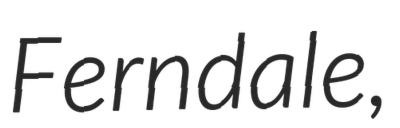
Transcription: Ferndale,